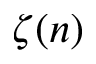
\zeta ( n )